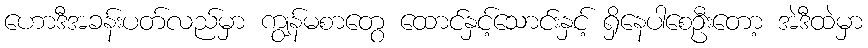
ဟောဒီအခန်းပတ်လည်မှာ ကျွန်မစာတွေ ထောင်နှင့်သောင်းနှင့် ရှိနေပါစေဦးတော့ အဲဒီထဲမှာ